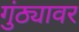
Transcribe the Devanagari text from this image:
गुंठ्यावर